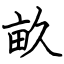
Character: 畝